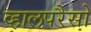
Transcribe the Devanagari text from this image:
व्हालपरैसो